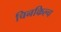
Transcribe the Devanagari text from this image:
चिनकिल्च